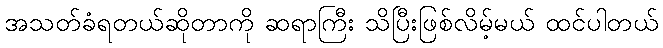
အသတ်ခံရတယ်ဆိုတာကို ဆရာကြီး သိပြီးဖြစ်လိမ့်မယ် ထင်ပါတယ်